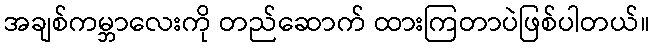
အချစ်ကမ္ဘာလေးကို တည်ဆောက် ထားကြတာပဲဖြစ်ပါတယ်။